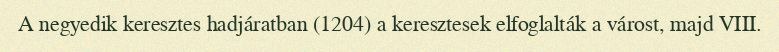
A negyedik keresztes hadjáratban (1204) a keresztesek elfoglalták a várost, majd VIII.